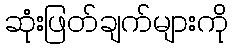
ဆုံးဖြတ်ချက်များကို